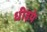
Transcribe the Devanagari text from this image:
धीइये